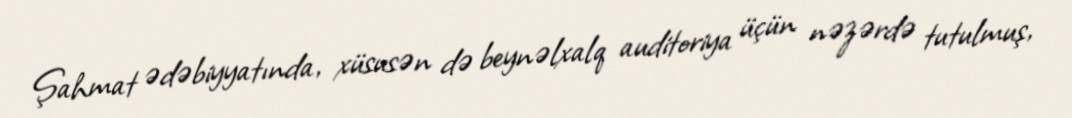
Şahmat ədəbiyyatında, xüsusən də beynəlxalq auditoriya üçün nəzərdə tutulmuş,